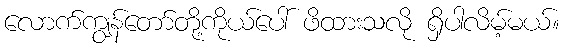
လောက်ကျွန်တော်တို့ကိုယ်ပေါ် ဖိထားသလို ရှိပါလိမ့်မယ်။